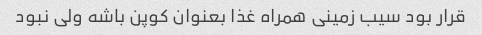
قرار بود سیب زمینی همراه غذا بعنوان کوپن باشه ولی نبود